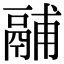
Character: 鬴